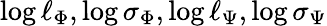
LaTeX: \log\ell_{\Phi},\log\sigma_{\Phi},\log\ell_{\Psi},\log\sigma_{\Psi}